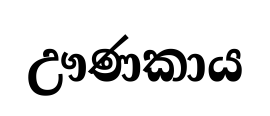
ඌණකාය